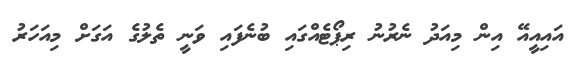
އައިއީއޭ އިން މިއަދު ނެރުނު ރިޕޯޓެއްގައި ބުނެފައި ވަނީ ތެލުގެ އަގަށް މިއަހަރު